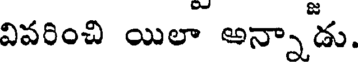
వివరించి యిలా అన్నాడు.